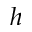
h